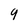
Character: 9